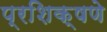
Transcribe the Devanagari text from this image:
प्रशिक्षणे